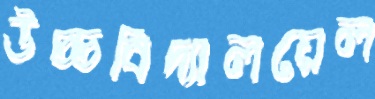
উচ্চবিদ্যালয়েল